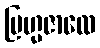
ဗြဟ္မဇာလေ